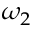
\omega _ { 2 }